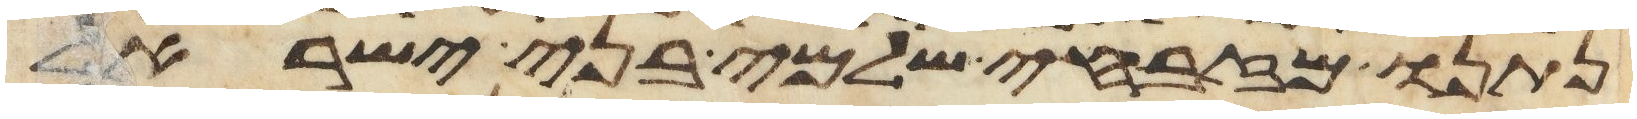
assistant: נתנו מזבחי שלמי בני ישראל